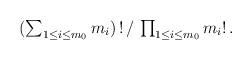
LaTeX: \begin{align*}\begin{minipage}[c]{35pc}$(\sum_{1\leq i\leq m_0} m_i)\,!\,/\,\prod_{1\leq i\leq m_0} m_i !\,.$\end{minipage}\end{align*}